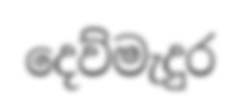
දෙව්මැදුර